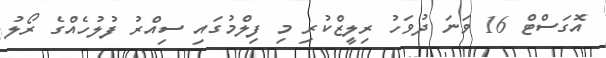
އޮގަސްޓް 16 ވަނަ ދުވަހު ރިލީޒްކުރި މި ފިލްމުގައި ސިއްރު ފުލުހެއްގެ ރޯލު